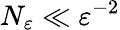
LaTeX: N_{\varepsilon}\ll\varepsilon^{-2}